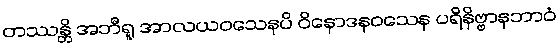
တဿန္တိ အဘီရူ အာလယဝသေနပိ ဝိနောဒနဝသေန ပရိနိဗ္ဗာနဘာဝံ